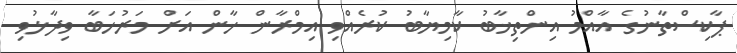
ޕާކިސްތާނުގެ އާއްމު އިންތިޚާބު ކާމިޔާބު ކުރެއްވި އިމްރާން ޚާން އަށް މަރުހަބާ ވިދާޅުވި